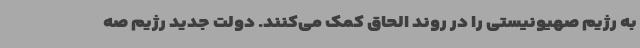
به رژیم صهیونیستی را در روند الحاق کمک می‌کنند. دولت جدید رژیم صه